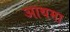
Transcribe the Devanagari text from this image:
आथमा